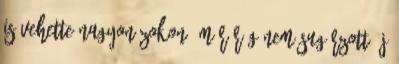
is vehette nagyon zokon: már rég nem sugárzott új